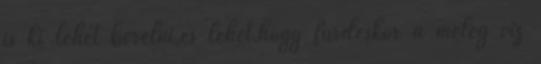
is ki lehet bérelni,és lehet,hogy fürdéskor a meleg víz